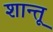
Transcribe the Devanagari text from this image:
शान्तू